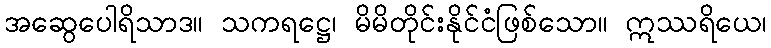
အဆွေပေါရိသာဒ။ သကရဋ္ဌေ၊ မိမိတိုင်းနိုင်ငံဖြစ်သော။ ဣဿရိယေ၊